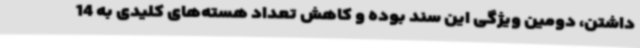
داشتن، دومین ویژگی این سند بوده و کاهش تعداد هسته‌های کلیدی به 14